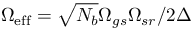
\Omega _ { \mathrm { e f f } } = \sqrt { N _ { b } } \Omega _ { g s } \Omega _ { s r } / { 2 \Delta }